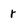
Character: r